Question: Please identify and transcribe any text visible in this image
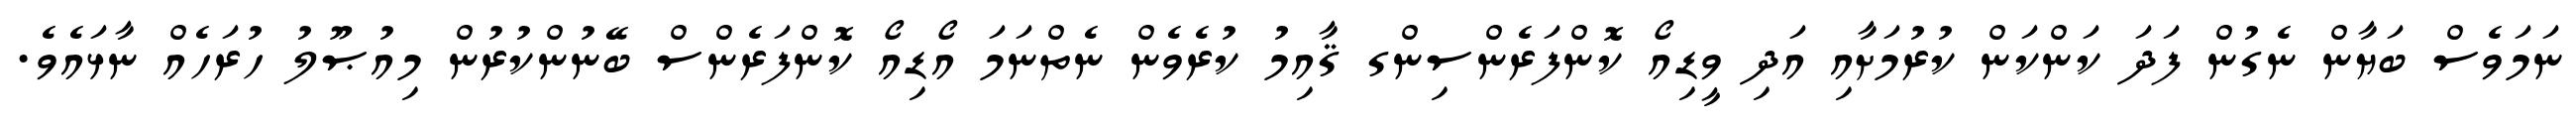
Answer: ނަމަވެސް ބަޔާން ނެގުން ފަދަ ކަންކަން ކުރުމަށާއި އަދި ވީޑިއޯ ކޮންފަރެންސިންގ ޤާއިމު ކުރެވެން ނެތްނަމަ އޯޑިއޯ ކޮންފަރެންސް ބޭނުންކުރުން މިއުޞޫލު ހުރަހެއް ނާޅައެވެ.